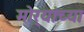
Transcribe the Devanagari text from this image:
मोर्‍यांच्या